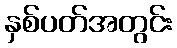
နှစ်ပတ်အတွင်း